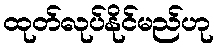
ထုတ်လုပ်နိုင်မည်ဟု